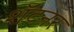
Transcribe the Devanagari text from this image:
शॅटनर